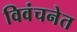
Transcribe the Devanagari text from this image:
विवंचनेत